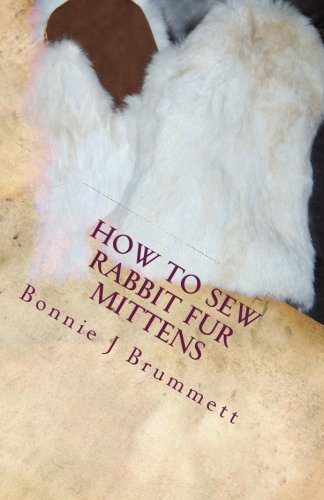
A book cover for How to Sew Rabbit Fur Mittens (Fur Crafting: A Forgotten Tradition) (Volume 3); Bonnie J Brummett; Crafts, Hobbies & Home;